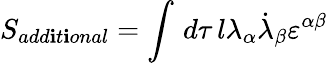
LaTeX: S_{add\mathbf{i}t\mathbf{i}onal}=\int\, d\tau\, l\lambda_{\alpha}\dot{{\lambda}}_{\beta}\varepsilon^{\alpha\beta}